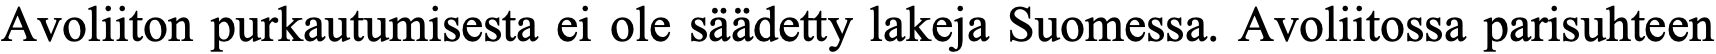
Avoliiton purkautumisesta ei ole säädetty lakeja Suomessa. Avoliitossa parisuhteen